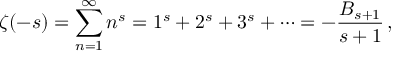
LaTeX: M = ( Q , \Sigma , \iota , \sqcup , A , \delta )